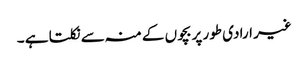
غیر ارادی طور پر بچوں کے منہ سے نکلتا ہے ۔